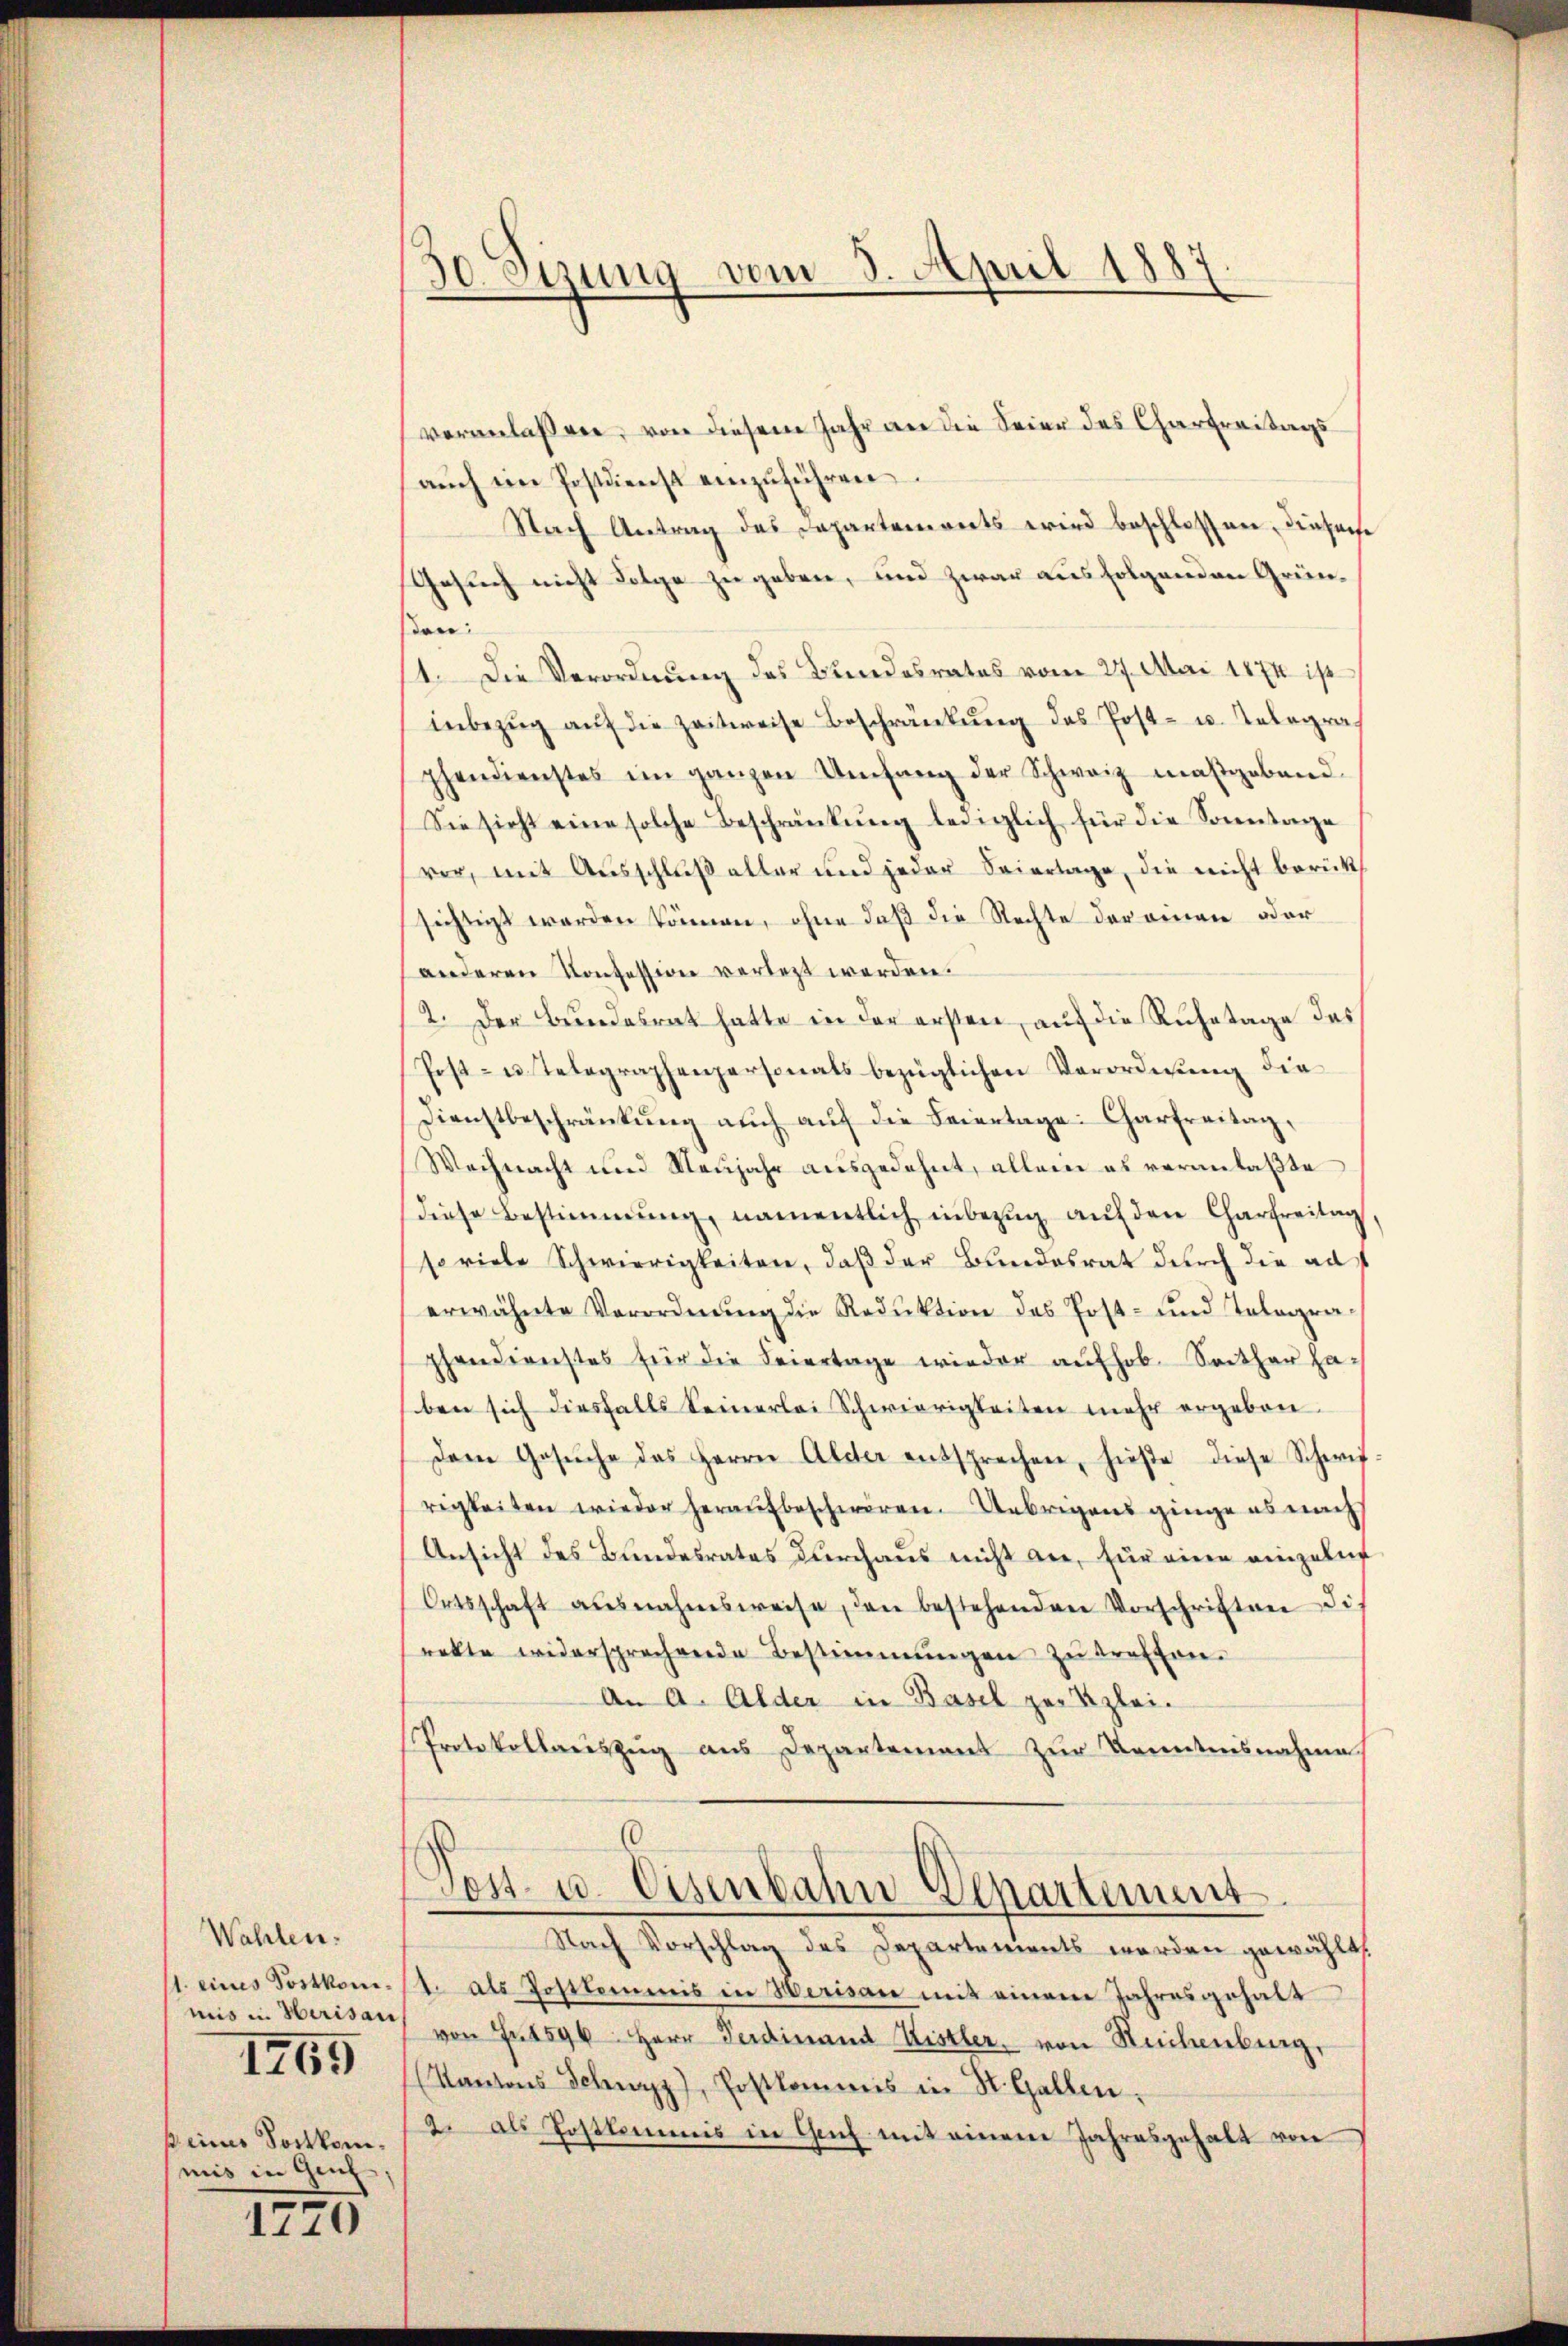
Wahlen.
1. eines Postkom
mis in Herisau
1765
keiner Sortkommis in Genf

1770

30. Sizung vom 3. April 1887

veranlaßen, von diesem Jahr an die Seien des Charfreitungs
aŭch ein Postdienst einzŭführen
Nach Antrag des Departements wird beschlossen, diesene
Gesuch nicht Folge zu geben, und zwar aus folgenden Grüne
1. Die Verordnung des Bundesrates vom 27. Mai 1874 ist
inbezŭg aŭf die Zeitweise Beschränkŭng des Post- u. Telegraphendienstes im ganzen Umfang der Schweiz maßgebend
Sie sicht eine solche Beschränkung leinlich für die Sonntage
vor, mit Ausschluß aller und jeder Seiertage, die nicht berücksichtigt werden können, ohne daß die Rechte der einen oder
anderen Konzession verletzt werden.
2. Der Bundesrat hatte in der ersten, auf die Ruhetage des
Post- u. Telegraphenpersonals bezüglichen Verordnung die
Dienstbeschränkung auch auf die Feiertage: Charfreitag,
Weihnacht und Neujahr ausgedehnt, allein es veranlaßte
diese Bestimmung, namentlich inbezug auf den Charfreitag
so viele Schwierigkeiten, daß der Bundesrat durch die aus
erwähnte Verordnŭng die Reduktion des Post- und Tologra-
phendienstes für die Feiertage wieder aŭfhob. Seither haben sich diesfalls keinerlei Schwierigkeiten mehr ergeben
Dem Gesŭche des Herrn Alder entsprechen, hiese diese Schwifrigkeiten wieder heraufbeschwören. Uebrigens ginge es nach
Ansicht des Bundesrates durchaus nicht an, für eine einzelne
Ortsschaft ausnahmsweise, den bestehenden Vorschriften di
rekte widersprechende Bestimmungen zŭ treffen.
An A. Alder in Basel zur Klei¬
Protokollaŭszŭg aŭs Departement zŭr Kenntnisnahme
0
Lost- u. Eisenbahn Departement
Nach Vorschlag des Departements werden gewählt,
t. als Postkommis in Werisau mit einem Jahresgehalt
von Fr. 1596. Herr Ferdinand Kistler, von Reichenburg,
(Kantons Schwyz), Postkommis in St. Gallen¬
2. als Postkommis in Geich mit einem Jahresgehalt von